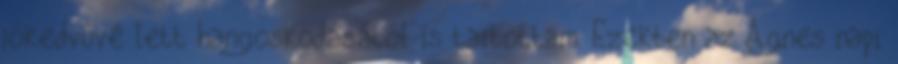
jókedvûvé lett hangoskodásától is tartottam. Ezekben az Ágnes napi